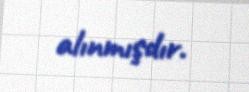
alınmışdır.